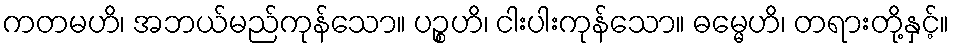
ကတမဟိ၊ အဘယ်မည်ကုန်သော။ ပဉ္စဟိ၊ ငါးပါးကုန်သော။ ဓမ္မေဟိ၊ တရားတို့နှင့်။